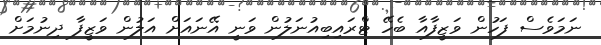
ނަމަވެސް ފަހުން ވަޒީފާއާ ބެހޭ ޓްރައިބިއުނަލުން ވަނީ އޭނައަށް އަލުން ވަޒީފާ ދިނުމަށް